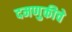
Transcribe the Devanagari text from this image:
दमणुकीचे